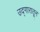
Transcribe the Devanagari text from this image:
उद्गारातून